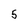
Character: 5